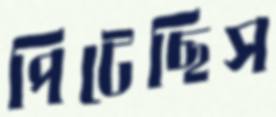
পিটেছিস